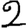
Digit: 2